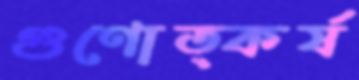
গুণোত্কর্ষ